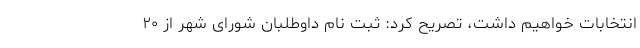
انتخابات خواهیم داشت، تصریح کرد: ثبت نام داوطلبان شورای شهر از ۲۰